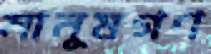
মানুষগণ